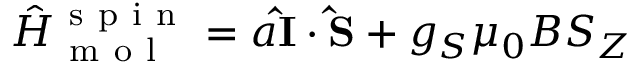
\hat { H } _ { \mathrm { ~ m ~ o ~ l ~ } } ^ { \mathrm { ~ s ~ p ~ i ~ n ~ } } = a \mathbf { \hat { I } } \cdot \mathbf { \hat { S } } + g _ { S } \mu _ { 0 } B S _ { Z }